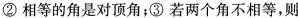
②相等的角是对顶角；③若两个角不相等，则